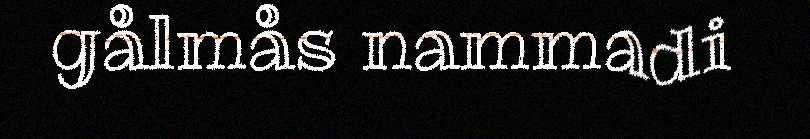
gålmås nammadi